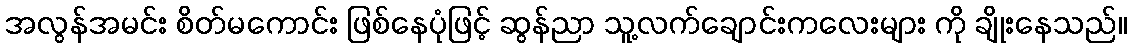
အလွန်အမင်း စိတ်မကောင်း ဖြစ်နေပုံဖြင့် ဆွန်ညာ သူ့လက်ချောင်းကလေးများ ကို ချိုးနေသည်။